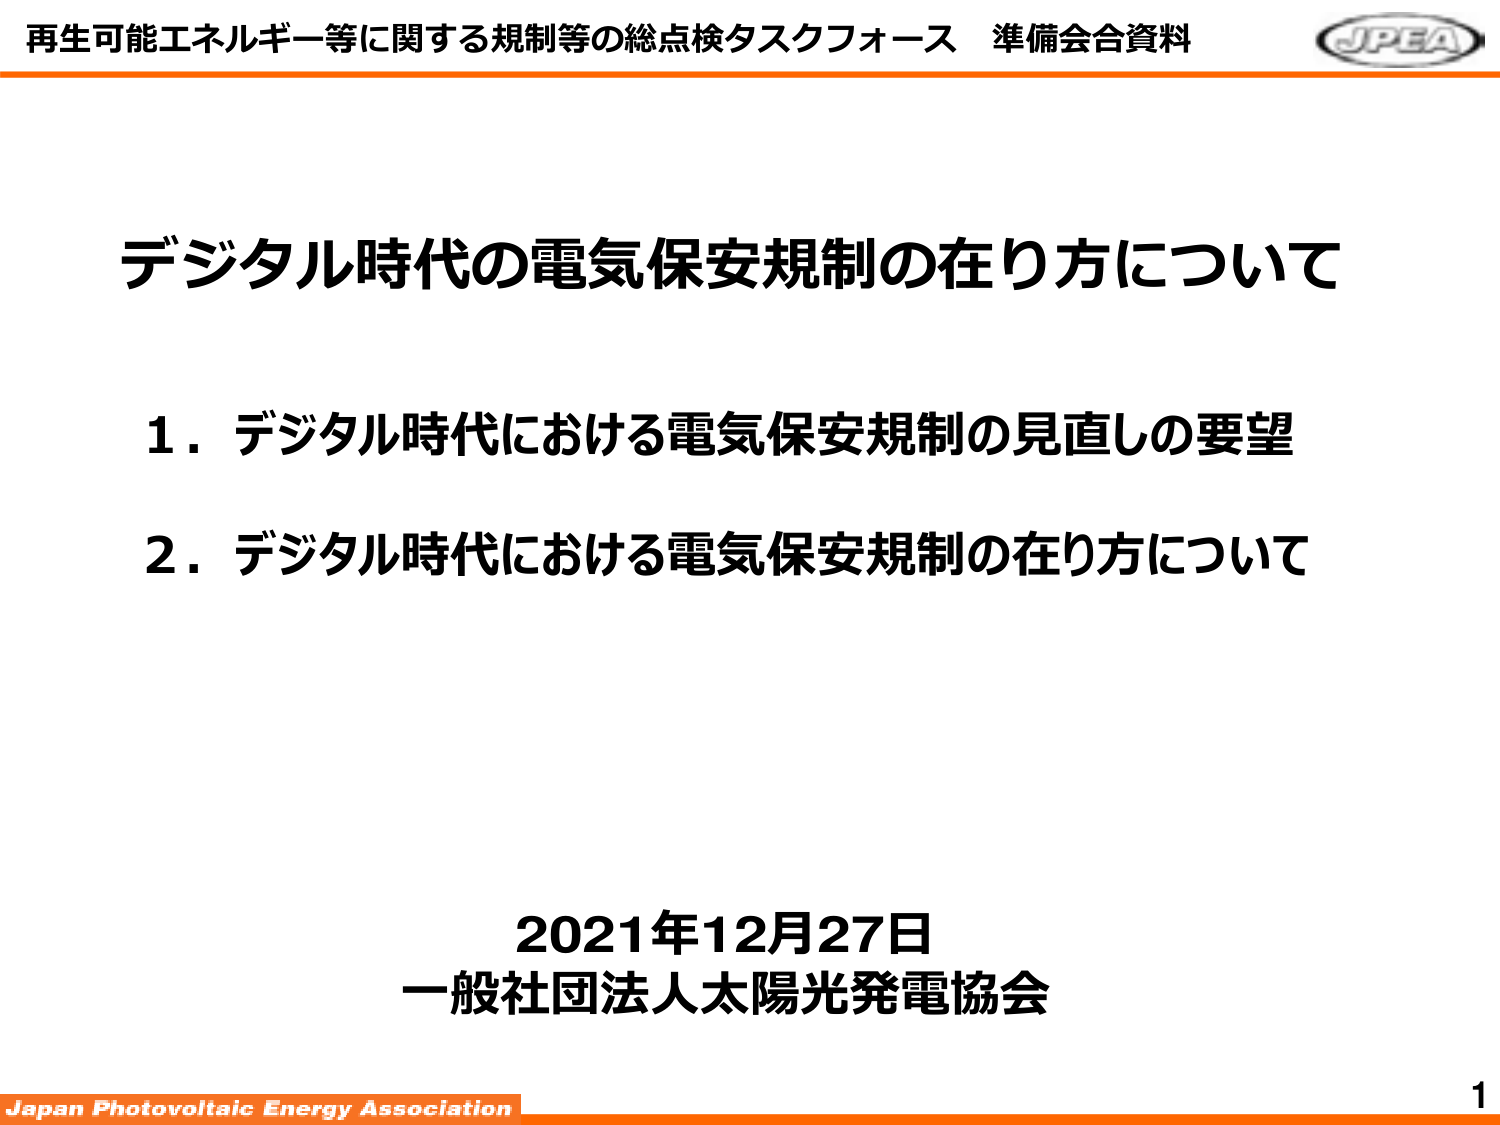
再生可能エネルギー等に関する規制等の総点検タスクフォース 準備会合資料
JPEA

デジタル時代の電気保安規制の在り方について

1．デジタル時代における電気保安規制の見直しの要望
2．デジタル時代における電気保安規制の在り方について

2021年12月27日
一般社団法人太陽光発電協会

Japan Photovoltaic Energy Association
1